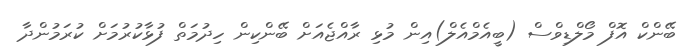
ބޭންކް އޮފް މޯލްޑިވްސް (ބީއެމްއެލް)އިން މުޅި ރާއްޖެއަށް ބޭންކިން ހިދުމަތް ފުޅާކުރުމަށް ކުރަމުންދާ